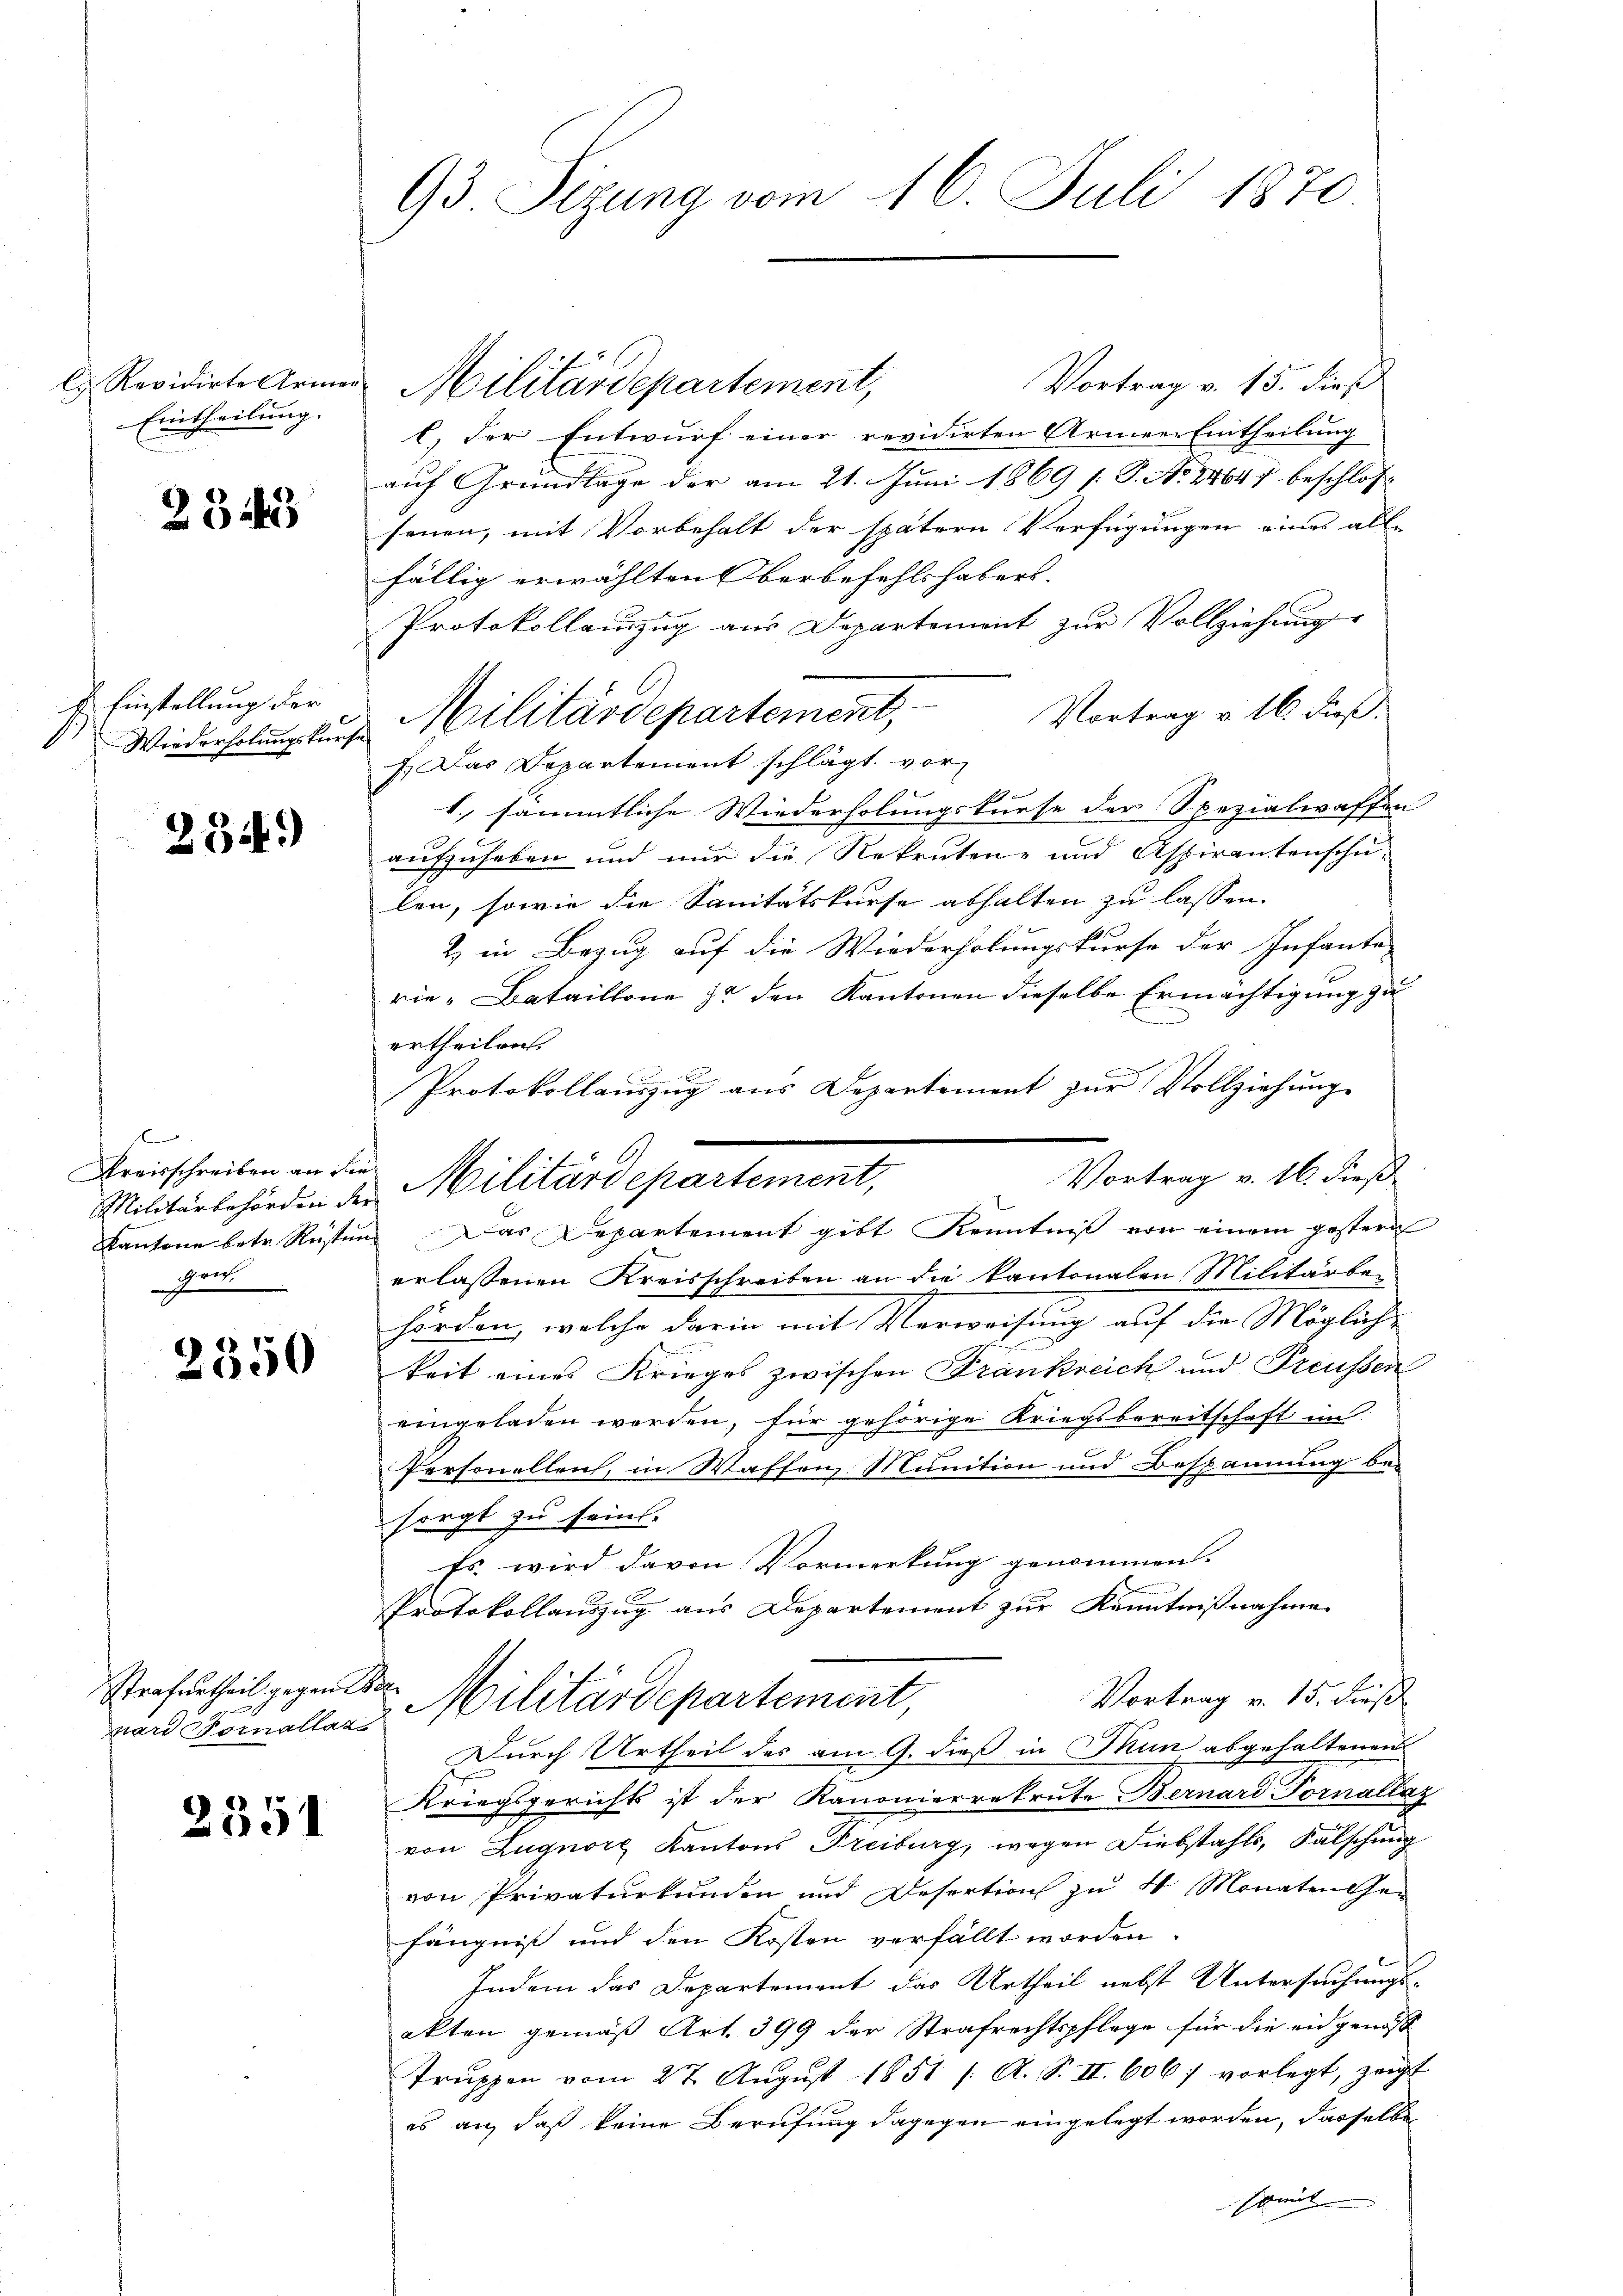
l. Revidirte Armen
Eintheilung.

2345

E. Einstellung der
Wiederholungskurse

234)

l
Kreisschreiben an die
Militärbehörden de
Kantone betr. Rusti
gerich

2350

Strafurtheil gegent
van Vorallate

2351

93. Sizung vom 16. Juli 1870

Vortrag v. 15. dieß
1) der Entwurf einer revidirten Armee Eintheilung
auf Grundlage der am 21. Juni 1869 /: P. No. 24647 beschlos
senen, mit Vorbehalt der spätern Verfügungen eines alle
fällig erwählten Oberbefehlshaber.
Protokollauszug aus Departement zur Vollziehung
Militärdepartement, Vortrag v. 16. dieß.
f. Das Departement schlägt vor,
1. sämmtliche Wiederholungskurse der Spezialwaffen
aufzuheben und nur die Rekruten- und Aspirantenschu-
len, sowie die Sanitätskurse abhalten zu lassen. |
2) in Bezug auf die Wiederholungskurse der Infante-
rie-Bataillone zu den Kantonen dieselbe Ermächtigung zu
ertheilen.
Protokollauszug aus Departement zur Vollziehung
Vortrag v. 16. dieß
 Das Departement gibt Kenntniß von einem gestern
erlassenen Kreisschreiben an die kantonalen Militärbehörden, welche darin mit Verweisung auf die Mögliche
keit eines Krieges zwischen Frankreich und Preussen
eingeladen werden, für gehörige Kriegsbereitschaft im
Personelleich, in Waffen. Munition und Bespannung be-
sorgt zu sein.
Es wird davon Vormerkung genommen.
Protokollauszug aus Departement zur Kenntnißnahme
Vortrag v. 15. dieß
V. Militärdepartement,
Durch Urtheil des am 9. dieß in Thun abgehaltenen
Kriegsgerichts ist der Kanonierrekrute Bernard Fornallaz
von Lugnorg Kantons Freiburg, wegen Diebstahls, Falschung
von Privaturkunden und Desertion zu 4 Monaten Ge-
fängniß und den Kosten verfällt worden.
Indem das Departement das Urtheil nebst Untersuchungsakten gemäß Art. 399 der Strafrechtspflege für die eidgenoss
Truppen vom 27. August 1851 f. A. S. II. 606/ vorlegt, zeigt
es an, daß keine Berufung dagegen eingelegt worden, dasselbe
somit

Militärdepartement,

Militärdepartement,